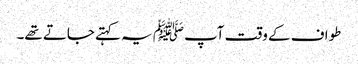
طواف کے وقت آپﷺ یہ کہتے جاتے تھے۔